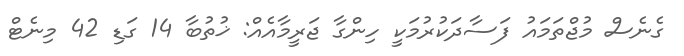
ގެނެސް މުޖްތަމައު ފަސާދަކުރުމަކީ ހިންގާ ޖަރީމާއެއް: ޚުތުބާ 14 ގަޑި 42 މިނެޓް